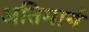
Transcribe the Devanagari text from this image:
अतिमार्ग